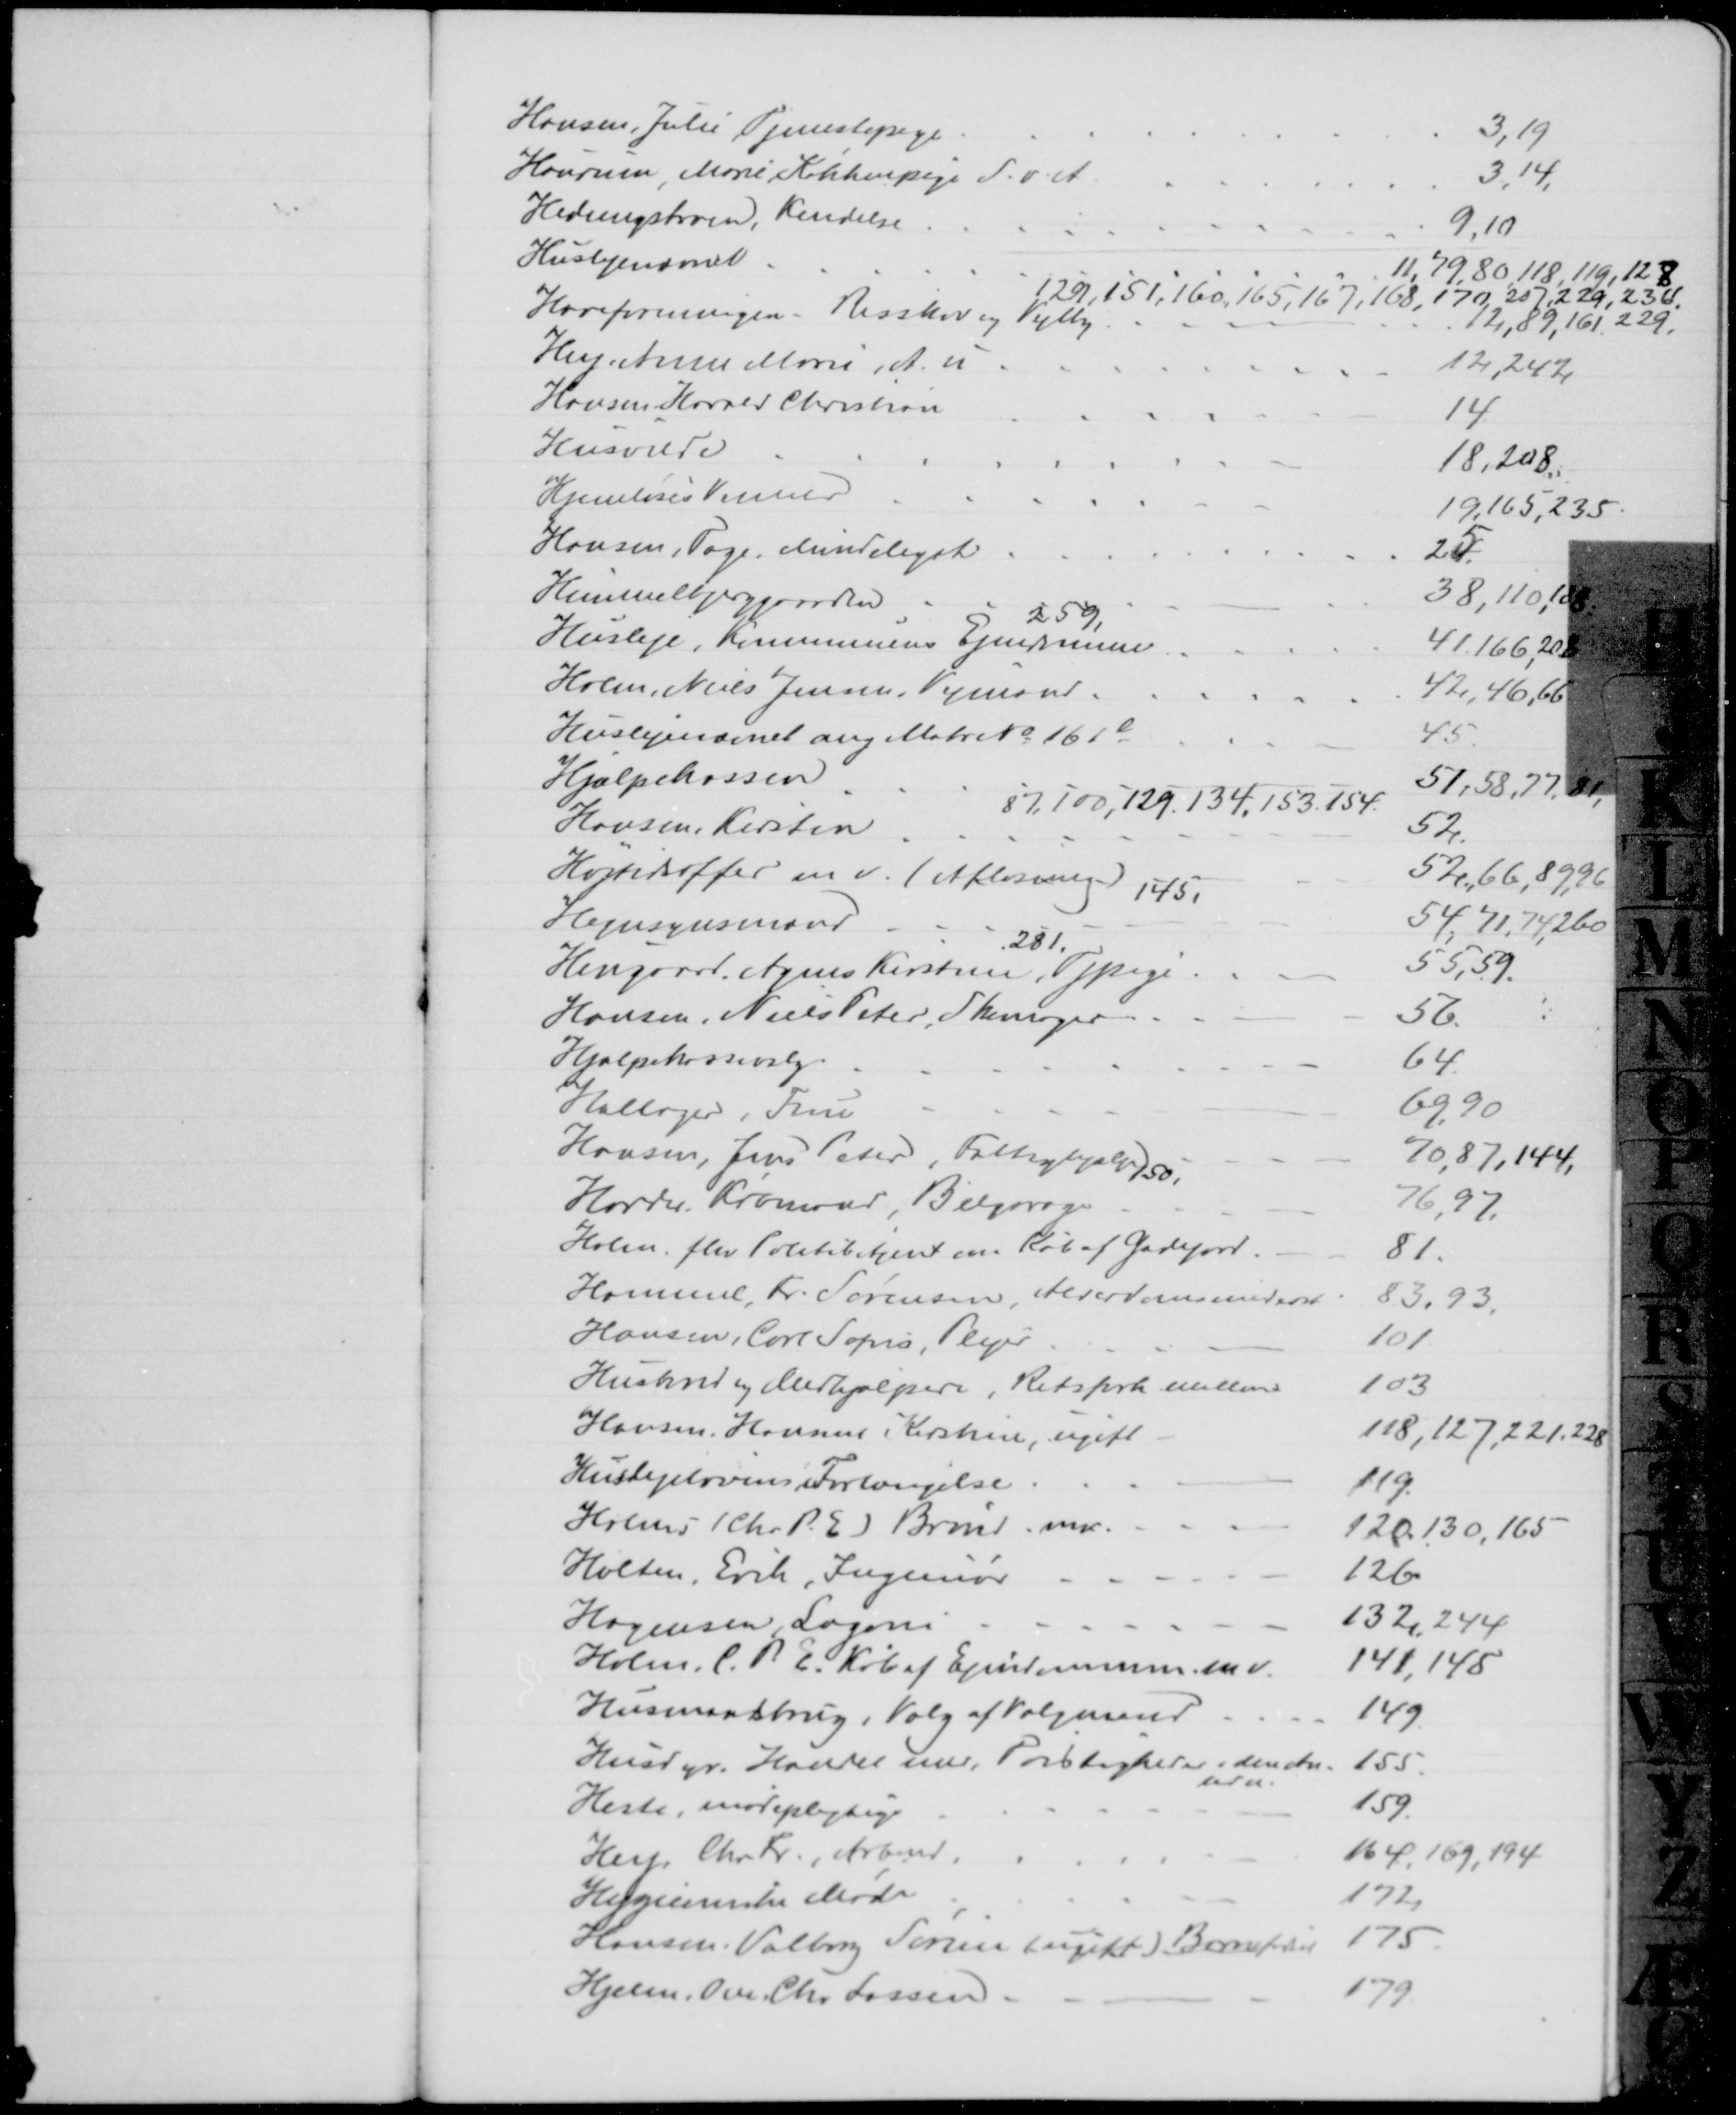
Transskription:
Hansen, Julie Tjenestepige
3, 19
Haurum, Marie Kokkenpige S. v. A.
3,14,
Hedeengsbroen, Kendelse
9,10
Huslejenævnet
11, 79, 80 118, 119, 128,
129, 151, 160, 165, 167, 168, 170, 207, 229, 236.
Haveforeningen. Risskov og Vejlby
12, 89, 161, 229.
Hey Anne Marie, A. u
12, 242
Hansen, Harald Christian
14
Husvilde
18, 208
Hjemløses Venner
19, 165, 235
Hansen, Tage, Mindeligat
25
Himmelbjerggaarden
38, 110, 188
259
Husleje, Kommunens Ejendomme
41, 166,  208
Holm, Niels Jensen, Vejmand.
42, 46, 66
Huslejenævnet ang Matr. № 161e
45
Hjælpekassen
51, 58, 77, 81,
87, 100, 129, 134, 153, 154
Hansen, Kirsten
52.
Højtidsoffer m.v. (Afløsning)
52, 66, 89, 96
145,
Hegnsynsmænd
54, 71, 74, 260
281.
Haugaard. Agnes Kirstine, Tjpige
55, 59.
Hansen, Niels Peter, Skomager
56.
Hjælpekassevalg
64.
Hallager, Frue
69, 90
Hansen, Jens Peter, Fattighjælp 
70, 87, 144,
150,
Harder. Købmand, Bilgarage
76, 97
Holm. fhv Politibetjent om Køb af Gadejord
81.
Hammel, Fr. Sørensen, Alderdomsunderst
83, 93
Hansen, Carl Sofus, Plejer
101
Husbond og Medhjælpere, Retsforh imellem
103
Hansen, Hansine Kirstine, ugift
118, 127, 221, 228
Huslejelovens Fortængelse
119
Holms (Chr. P. E.) Brønd mv.
120, 130, 165
Holten, Erik, Ingeniør
126
Hagensen Lagoni
132, 244
Holm. C.P. E. Køb af Ejendommen m v. 
141,145
Husmandsbrug. Valg af Valgmænd
149
Husdyr. Handel med, Tvistigheder i den An-
ledn.
155
Heste, mødepligtige
159
Hey, Chr. Fr., Arbmd.
164,169, 194
Hygieiniske Møde
172
Hansen. Valborg Sørine (ugift) Barnefødsel
175
Hjelm, Ove Chr. Lassen
179